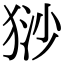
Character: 猀